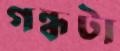
গন্ধটা